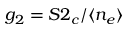
g _ { 2 } = S 2 _ { c } / \langle n _ { e } \rangle